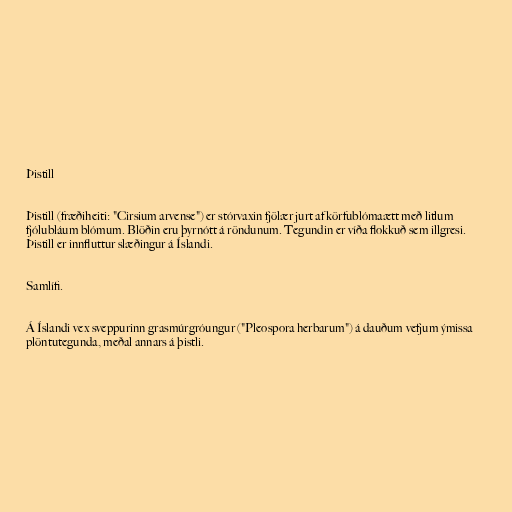
Þistill

Þistill (fræðiheiti: "Cirsium arvense") er stórvaxin fjölær jurt af körfublómaætt með litlum
fjólubláum blómum. Blöðin eru þyrnótt á röndunum. Tegundin er víða flokkuð sem illgresi.
Þistill er innfluttur slæðingur á Íslandi.

Samlífi.

Á Íslandi vex sveppurinn grasmúrgróungur ("Pleospora herbarum") á dauðum vefjum ýmissa
plöntutegunda, meðal annars á þistli.